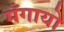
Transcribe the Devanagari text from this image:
मँगायो